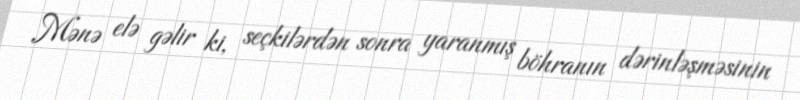
Mənə elə gəlir ki, seçkilərdən sonra yaranmış böhranın dərinləşməsinin